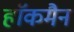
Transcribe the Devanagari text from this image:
हाॅकमैन